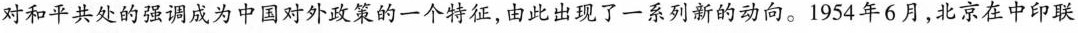
对和平共处的强调成为中国对外政策的一个特征，由此出现了一系列新的动向。1954年6月，北京在中印联